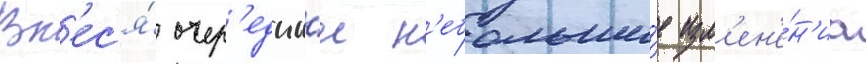
Вн'ес'я́ очер'едны́е н'ебольши́е изм'ен'е́н'иа